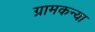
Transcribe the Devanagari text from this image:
ग्रामकन्या